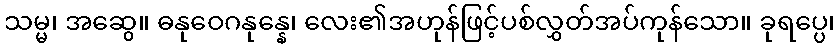
သမ္မ၊ အဆွေ။ ဓနုဝေဂနုန္နေ၊ လေး၏အဟုန်ဖြင့်ပစ်လွှတ်အပ်ကုန်သော။ ခုရပ္ပေ၊